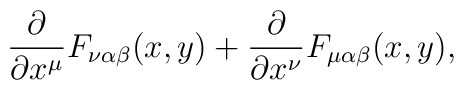
\frac{\partial}{\partial x^\mu} F_{\nu\alpha\beta}(x,y)+\frac{\partial}{\partial x^\nu} F_{\mu\alpha\beta}(x,y),